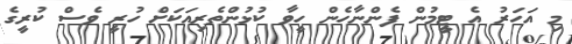
މި އަހަރު އެ ޓީމުން ފެންނާހެން ހީވާ ކުޅުންތެރިއަކަށް ހުރީ ވެސް ކުރީގެ